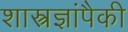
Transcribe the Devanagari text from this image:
शास्त्रज्ञांपैकी